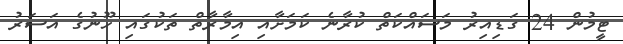
ޓީމުން 24 ގަޑިއިރު މަސައްކަތް ކުރާނެ ކަމަށާއި އިމާރާތް ތަކުގައި ހޫނުގެ އަސަރު